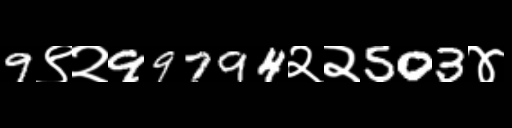
Text: 9९२99794२२503४